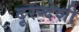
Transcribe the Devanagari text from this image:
दूरन्देशी